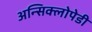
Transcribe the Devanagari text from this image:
अन्सिक्लोपेडी